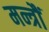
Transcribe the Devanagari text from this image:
मन्त्रौं